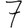
Digit: 7